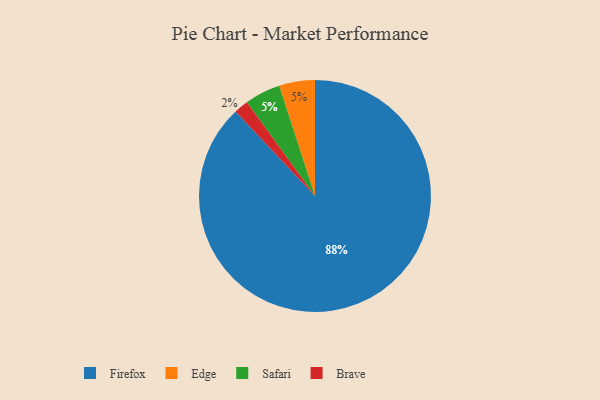
{"axis": {"x": "Category", "y": "Percentage"}, "legend": ["Brave", "Edge", "Firefox", "Safari"], "data": [{"x": "Brave", "y": 2, "type": "Brave"}, {"x": "Edge", "y": 5, "type": "Edge"}, {"x": "Firefox", "y": 88, "type": "Firefox"}, {"x": "Safari", "y": 5, "type": "Safari"}]}